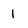
Character: 1